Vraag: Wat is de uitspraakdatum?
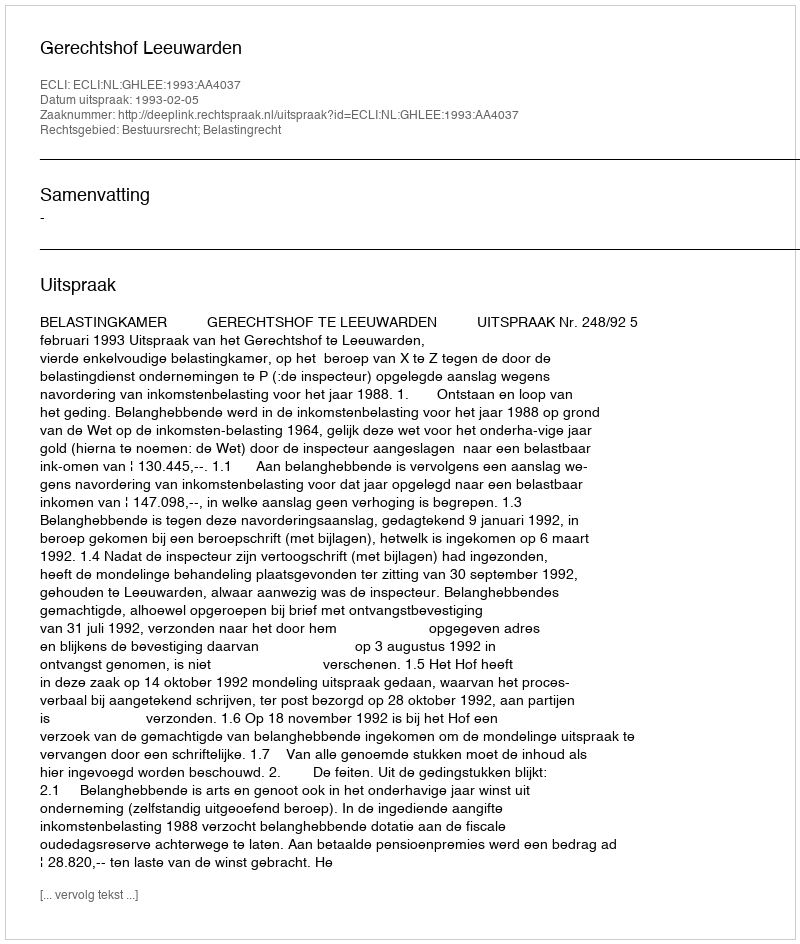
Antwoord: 1993-02-05